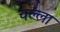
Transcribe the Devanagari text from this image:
चल्ला